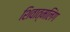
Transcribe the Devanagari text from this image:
शिवात्मलिंग